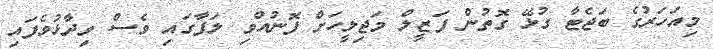
މިއަހަރުގެ ބަޖެޓާ ގުޅޭ ގޮތުން ފަޒީލް މަޖިލީހަށް ފޮނުއްވި ލަފާގައި ވެސް ވިދާޅުވެފައި